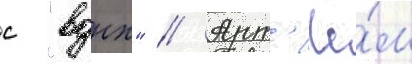
с "вднх" // Арт'ё́м